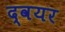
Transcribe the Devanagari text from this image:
द्वयर